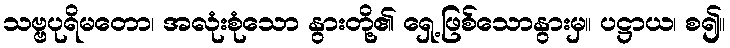
သဗ္ဗပုရိမတော၊ အလုံးစုံသော နွားတို့၏ ရှေ့ဖြစ်သောနွားမှ။ ပဋ္ဌာယ၊ စ၍။